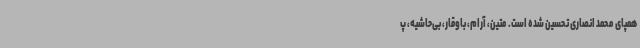
همپای محمد انصاری تحسین‌ شده است. متین، آرام، باوقار، بی‌حاشیه، پ